Vaccine operations Central Provinces & Berar 1912-1920 - 1912-1920
Year: 1912
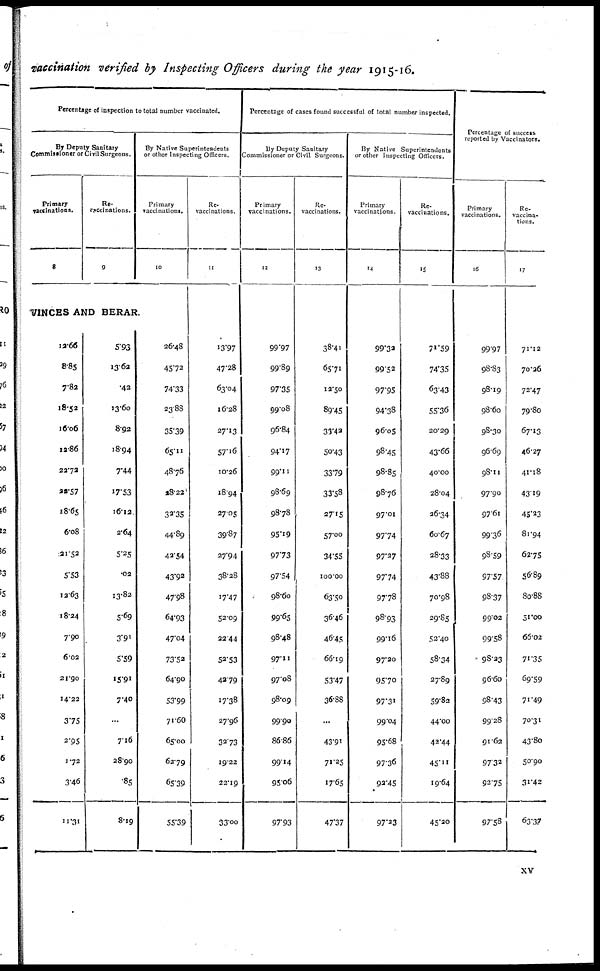
vaccination verified by Inspecting Officers during the year 1915-16.
Percentage of inspection to total number vaccinated.
By Deputy Sanitary
Commissioner or Civil Surgeons.
Primary
vaccinations.
8
Re-
--ccinations.
9
By Native Superintendents
or other Inspecting Officers.
Primary
vaccinations.
10
VINCES AND BERAR.
12.66
8.85
7.82
18.52
16.06
12.86
22.72
22.57
18.65
6.08
21.52
5.53
12.63
18.24
7.90
6.02
21.90
14.22
3.75
2.95
1.72
3.46
11.31
5.93
13.62
.42
13.60
8.92
18.94
7.44
17.53
16.12
2.64
5.25
.02
13.82
5.69
3.91
5.59
15.91
7.40
...
7.16
28.90
.85
8.19
26.48
45.72
74.33
23.88
35.39
65.11
48.76
28.22
32.35
44.89
42.54
43.92
47.98
64.93
47.04
73.52
64.90
53.99
71.60
65.00
62.79
65.39
55.39
Re¬
vaccinations.
11
13.97
47.28
63.04
16.28
27.13
57.16
10.26
18.94
27.05
39.87
27.94
38.28
17.47
52.09
22.44
52.53
42.79
17.38
27.96
32.73
19.22
22.19
33.00
Percentage of cases found successful of total number inspected.
By Deputy Sanitary
Commissioner or Civil Surgeons.
Primary
vaccinations.
12
99.97
99.89
97.35
99.08
96.84
94.17
99.11
98.69
98.78
95.19
97.73
97.54
98.60
99.65
98.48
97.11
97.08
98.09
99.90
86.86
99.14
95.06
97.93
Re¬
vaccinations.
13
38.41
65.71
12.50
89.45
33.42
50.43
33.79
33.58
27.15
57.00
34.55
100.00
63.50
36.46
46.45
66.19
53.47
36.88
...
43.91
71.25
17.65
47.37
By Native Superintendents
or other Inspecting Officers.
Primary
vaccinations.
14
99.32
99.52
97.95
94.38
96.05
98.45
98.85
98.76
97.01
97.74
97.27
97.74
97.78
98.93
99.16
97.20
95.70
97.31
99.04
95.68
97.36
92.45
97.23
Re¬
vaccinations.
15
71.59
74.35
63.43
55.36
20.29
43.66
40.00
28.04
26.34
60.67
28.33
43.88
70.98
29.85
52.40
58.34
27.89
59.82
44.00
42.44
45.11
19.64
45.20
Percentage of success
reported by Vaccinators.
Primary
vaccinations.
16
99.97
98.83
98.19
98.60
98.30
96.69
98.11
97.90
97.61
99.36
98.59
97.57
98.37
99.02
99.58
98.23
96.60
98.43
99.28
91.62
97.32
92.75
97.58
Re¬
vaccina¬
tions.
17
71.12
70.26
72.47
79.80
67.13
46.27
41.18
43.19
45.23
81.94
62.75
56.89
80.88
51.00
66.02
71.35
69.59
71.49
70.31
43.80
50.90
31.42
63.37
xv